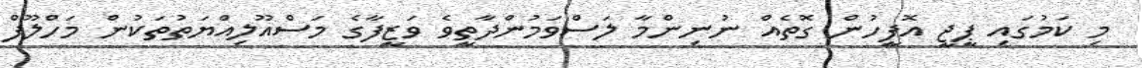
މި ކަމުގައި ޕީޖީ އޮފީހުން ގޮތެއް ނުނިންމާ ލަސްވަމުންދާތީވެ ވަޒީފާގެ މަސްއޫލިއްޔަތުތަކުން މަހްލޫފް